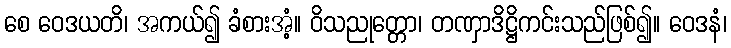
စေ ဝေဒယတိ၊ အကယ်၍ ခံစားအံ့။ ဝိသညုတ္တော၊ တဏှာဒိဋ္ဌိကင်းသည်ဖြစ်၍။ ဝေဒနံ၊